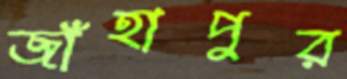
জাঁহাপুর